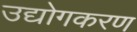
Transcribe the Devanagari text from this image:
उद्योगकरण